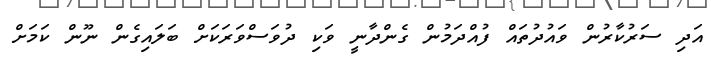
އަދި ސަރުކާރުން ވައުދުތައް ފުއްދަމުން ގެންދާނީ ވަކި ދުވަސްވަރަކަށް ބަލައިގެން ނޫން ކަމަށް